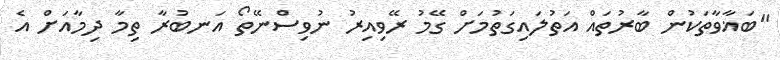
"ބަޣާވާތަކުން ބާރުތައް އަތުލައިގަތުމަށް ގޭމު ރޭވިއިރު ނުވިސްނޭތޯ އަނބުރާ ތިމާ ދިމާއަށް އެ